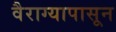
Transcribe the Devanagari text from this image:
वैराग्यापासून